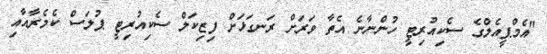
"އެމްޕީއެލްގެ ސެކިއުރިޓީ ހުންނާނެ އެތާ ވަރަށް ރަނގަޅަށް ފިޒިކަލް ސެކިއުރިޓީ ޕުލަސް ކެމެރާއާއި